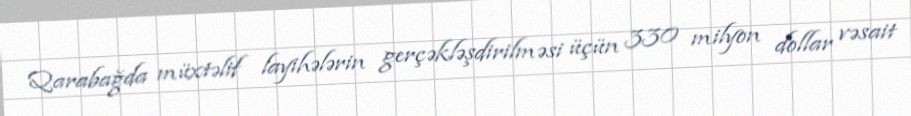
Qarabağda müxtəlif layihələrin gerçəkləşdirilməsi üçün 330 milyon dollar vəsait